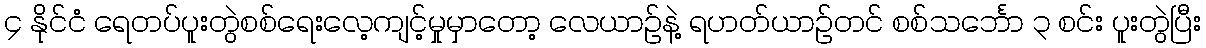
၄ နိုင်ငံ ရေတပ်ပူးတွဲစစ်ရေးလေ့ကျင့်မှုမှာတော့ လေယာဉ်နဲ့ ရဟတ်ယာဉ်တင် စစ်သင်္ဘော ၃ စင်း ပူးတွဲပြီး